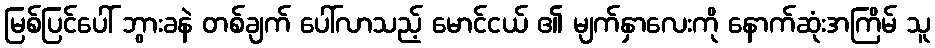
မြစ်ပြင်ပေါ် ဘွားခနဲ တစ်ချက် ပေါ်လာသည့် မောင်ငယ် ၏ မျက်နှာလေးကို နောက်ဆုံးအကြိမ် သူ